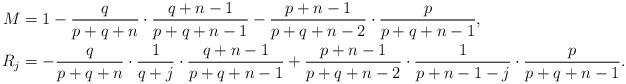
LaTeX: \begin{align*}M &= 1- \frac{q}{p+q+n} \cdot\frac{q+n-1}{p+q+n-1} - \frac{p+n-1}{p+q+n-2} \cdot\frac{p}{p+q+n-1},\\R_j &= - \frac{q}{p+q+n} \cdot \frac{1}{q+j} \cdot \frac{q+n-1}{p+q+n-1} + \frac{p+n-1}{p+q+n-2} \cdot \frac{1}{p+n-1-j} \cdot \frac{p}{p+q+n-1}.\end{align*}